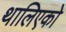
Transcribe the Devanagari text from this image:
थालिएको